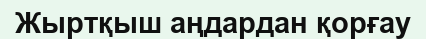
Жыртқыш аңдардан қорғау